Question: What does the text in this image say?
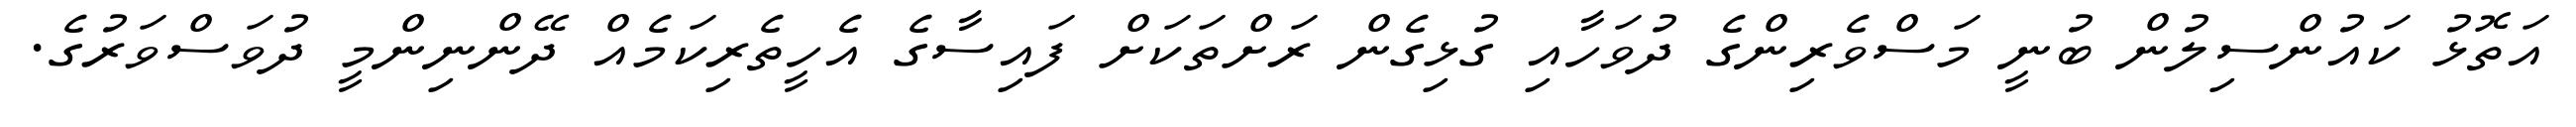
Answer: އަތޮޅު ކައުންސިލުން ބުނީ މަސްވެރިންގެ ދުވަހާއި ގުޅިގެން ރަށްތަކަށް ފައިސާގެ އެހީތެރިކަމެއް ދޭންނިންމީ ދުވަސްވަރުގެ.